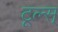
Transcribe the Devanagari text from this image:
टूल्स्